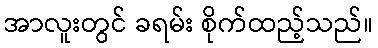
အာလူးတွင် ခရမ်း စိုက်ထည့်သည်။